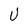
Character: U